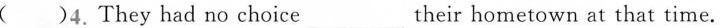
( )4. They had no choice_their hometown at that time.